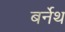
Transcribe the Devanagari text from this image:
बर्नेथ